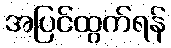
အပြင်ထွက်ရန်